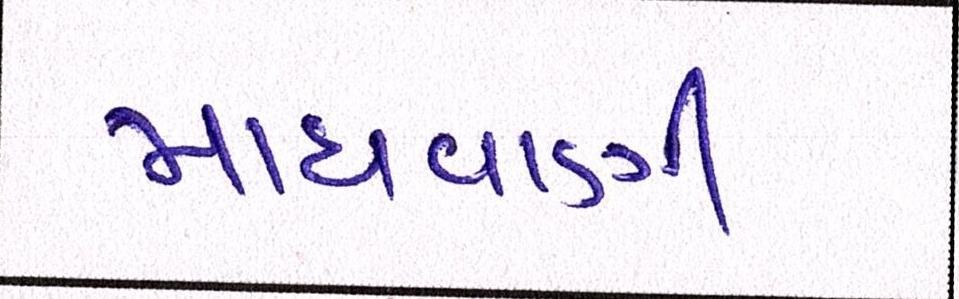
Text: માધવાણી